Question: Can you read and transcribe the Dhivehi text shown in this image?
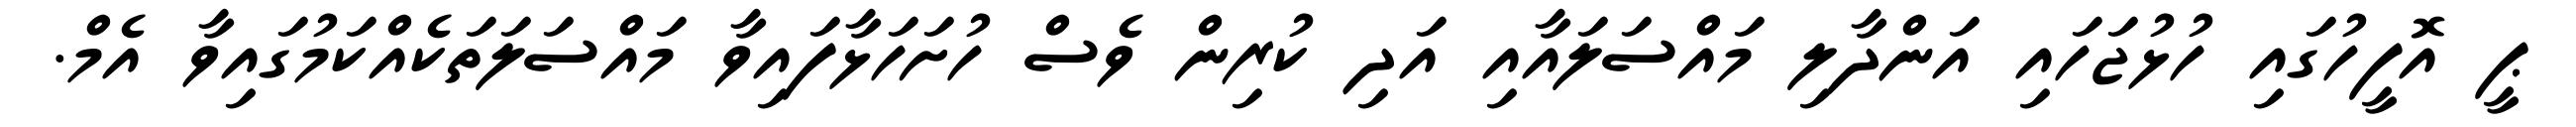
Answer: ޕީ އޮފީހުގައި ހުޅުޖަހައި އަންދާލި މައްސަލައާއި އަދި ކުރިން ވެސް ހުށަހަޅާފައިވާ މައްސަލަތަކެއްކަމުގައިވާ އެމް.